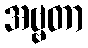
အဗ္ဗတာ